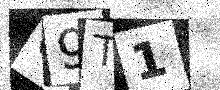
Text: O9T1